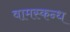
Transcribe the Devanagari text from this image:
वामस्कन्ध